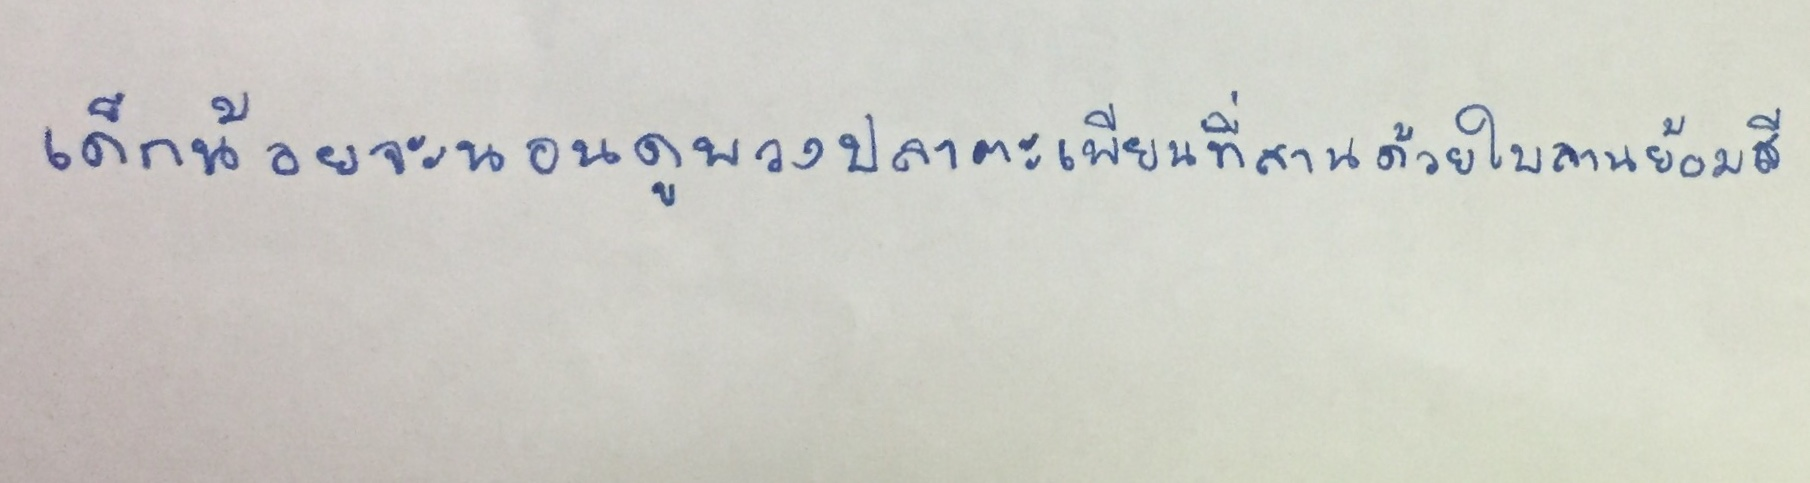
เด็กน้อยจะนอนดูพวงปลาตะเพียนที่สานด้วยใบลานย้อมสี